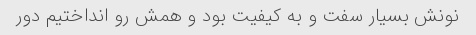
نونش بسیار سفت و به کیفیت بود و همش رو انداختیم دور